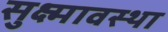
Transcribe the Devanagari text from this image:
सुक्ष्मावस्था